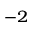
^ { - 2 }